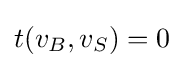
t(v_{B},v_{S})=0